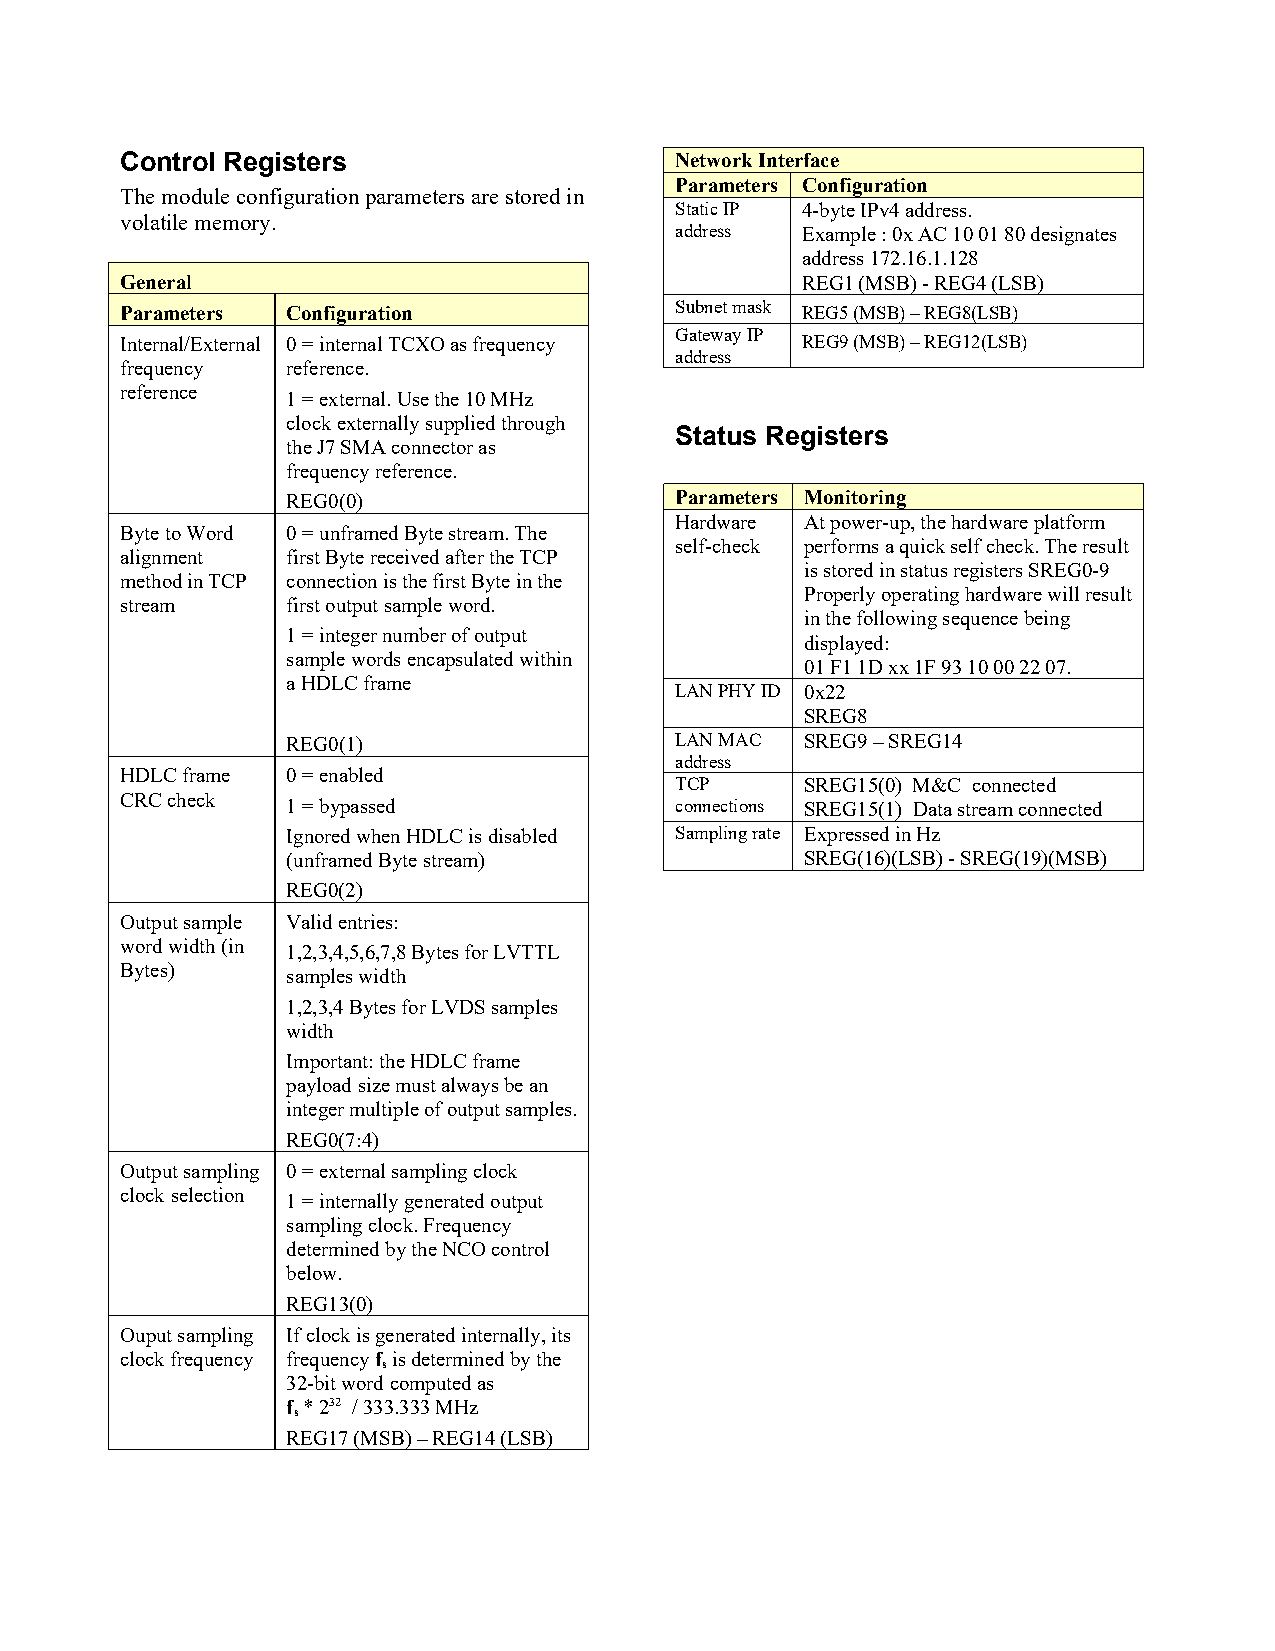
Control Registers                    Network Interface
 Parameters Configuration
 The module configuration parameters are stored in
 Static IP 4-byte IPv4 address.
 volatile memory.
 address Example : 0x AC 10 01 80 designates
 address 172.16.1.128
 General                                      REG1 (MSB) - REG4 (LSB)
 Parameters Configuration             Subnet mask REG5 (MSB) – REG8(LSB)
 Internal/External 0 = internal TCXO as frequency Gateway IP REG9 (MSB) – REG12(LSB)
 address
 frequency  reference.
 reference  1 = external. Use the 10 MHz
 clock externally supplied through
 Status Registers
 the J7 SMA connector as
 frequency reference.
 REG0(0)                   Parameters Monitoring
 Hardware At power-up, the hardware platform
 Byte to Word 0 = unframed Byte stream. The
 self-check performs a quick self check. The result
 alignment  first Byte received after the TCP
 is stored in status registers SREG0-9
 method in TCP connection is the first Byte in the
 Properly operating hardware will result
 stream     first output sample word.
 in the following sequence being
 1 = integer number of output
 displayed:
 sample words encapsulated within
 01 F1 1D xx 1F 93 10 00 22 07.
 a HDLC frame
 LAN PHY ID 0x22
 SREG8
 REG0(1)                   LAN MAC SREG9 – SREG14
 address
 HDLC frame 0 = enabled
 TCP     SREG15(0) M&C connected
 CRC check  1 = bypassed              connections SREG15(1) Data stream connected
 Ignored when HDLC is disabled Sampling rate Expressed in Hz
 (unframed Byte stream)            SREG(16)(LSB) - SREG(19)(MSB)
 REG0(2)
 Output sample Valid entries:
 word width (in 1,2,3,4,5,6,7,8 Bytes for LVTTL
 Bytes)     samples width
 1,2,3,4 Bytes for LVDS samples
 width
 Important: the HDLC frame
 payload size must always be an
 integer multiple of output samples.
 REG0(7:4)
 Output sampling 0 = external sampling clock
 clock selection 1 = internally generated output
 sampling clock. Frequency
 determined by the NCO control
 below.
 REG13(0)
 Ouput sampling If clock is generated internally, its
 clock frequency frequency f is determined by the
 s
 32-bit word computed as
 f * 232 / 333.333 MHz
 s
 REG17 (MSB) – REG14 (LSB)